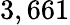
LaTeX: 3,661